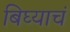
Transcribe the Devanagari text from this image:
बिघ्याचं